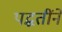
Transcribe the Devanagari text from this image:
पद्धतींने